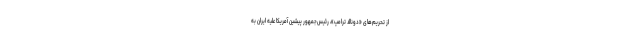
از تحریم‌های «دونالد ترامپ»، رئیس‌جمهور پیشین آمریکا علیه ایران به